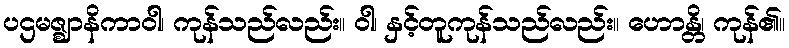
ပဌမဇ္ဈာနိကာဝါ၊ ကုန်သည်လည်း။ ဝါ၊ နှင့်တူကုန်သည်လည်း။ ဟောန္တိ၊ ကုန်၏။